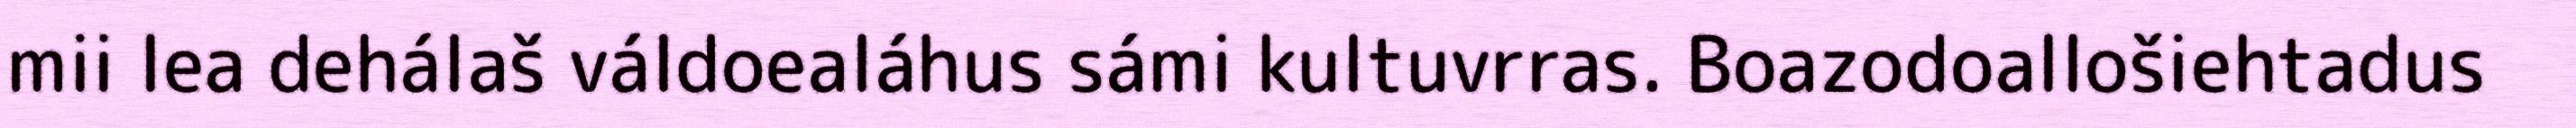
mii lea dehálaš váldoealáhus sámi kultuvrras. Boazodoallošiehtadus